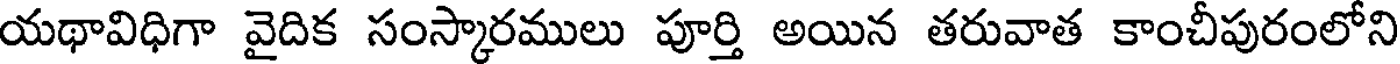
యథావిధిగా వైదిక సంస్కారములు పూర్తి అయిన తరువాత కాంచీపురంలోని